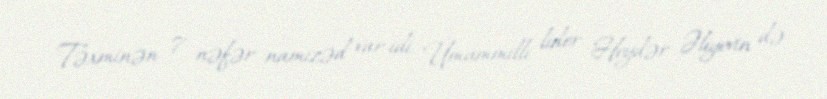
Təxminən 7 nəfər namizəd var idi. Ümummilli lider Heydər Əliyevin də